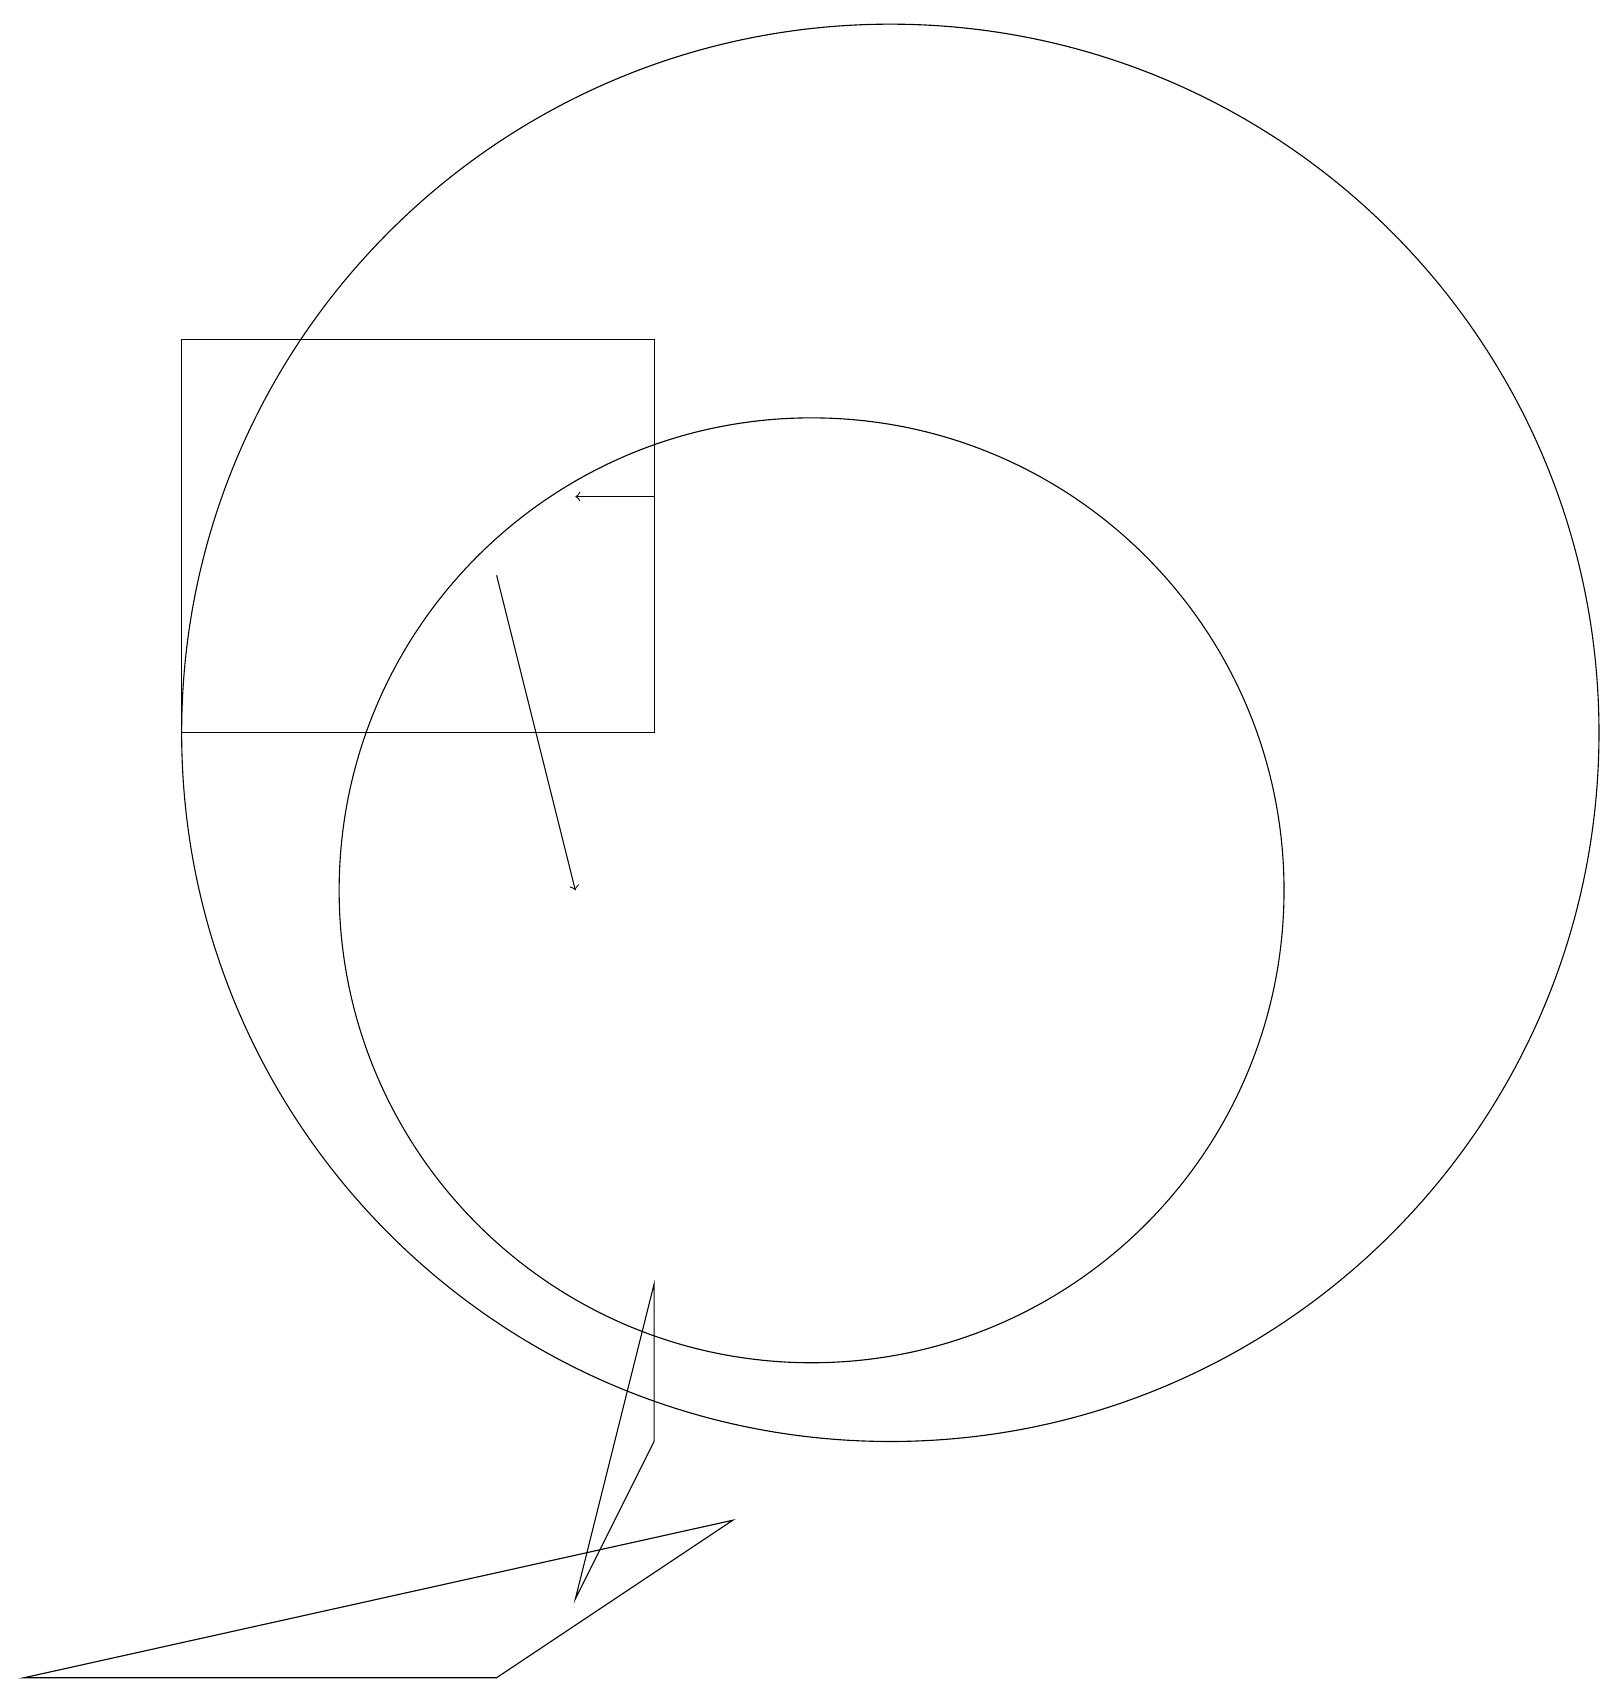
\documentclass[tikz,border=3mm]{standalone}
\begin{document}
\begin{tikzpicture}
\draw (9,2) -- (0,0) -- (6,0) -- cycle;
\draw[->] (6,14) -- (7,10);
\draw (11,12) circle (9);
\draw (2,12) rectangle (8,17);
\draw[->] (8,15) -- (7,15);
\draw (8,3) -- (8,5) -- (7,1) -- cycle;
\draw (10,10) circle (6);
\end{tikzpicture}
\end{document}